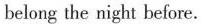
belong the night before.